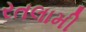
રતલામી